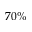
7 0 \%